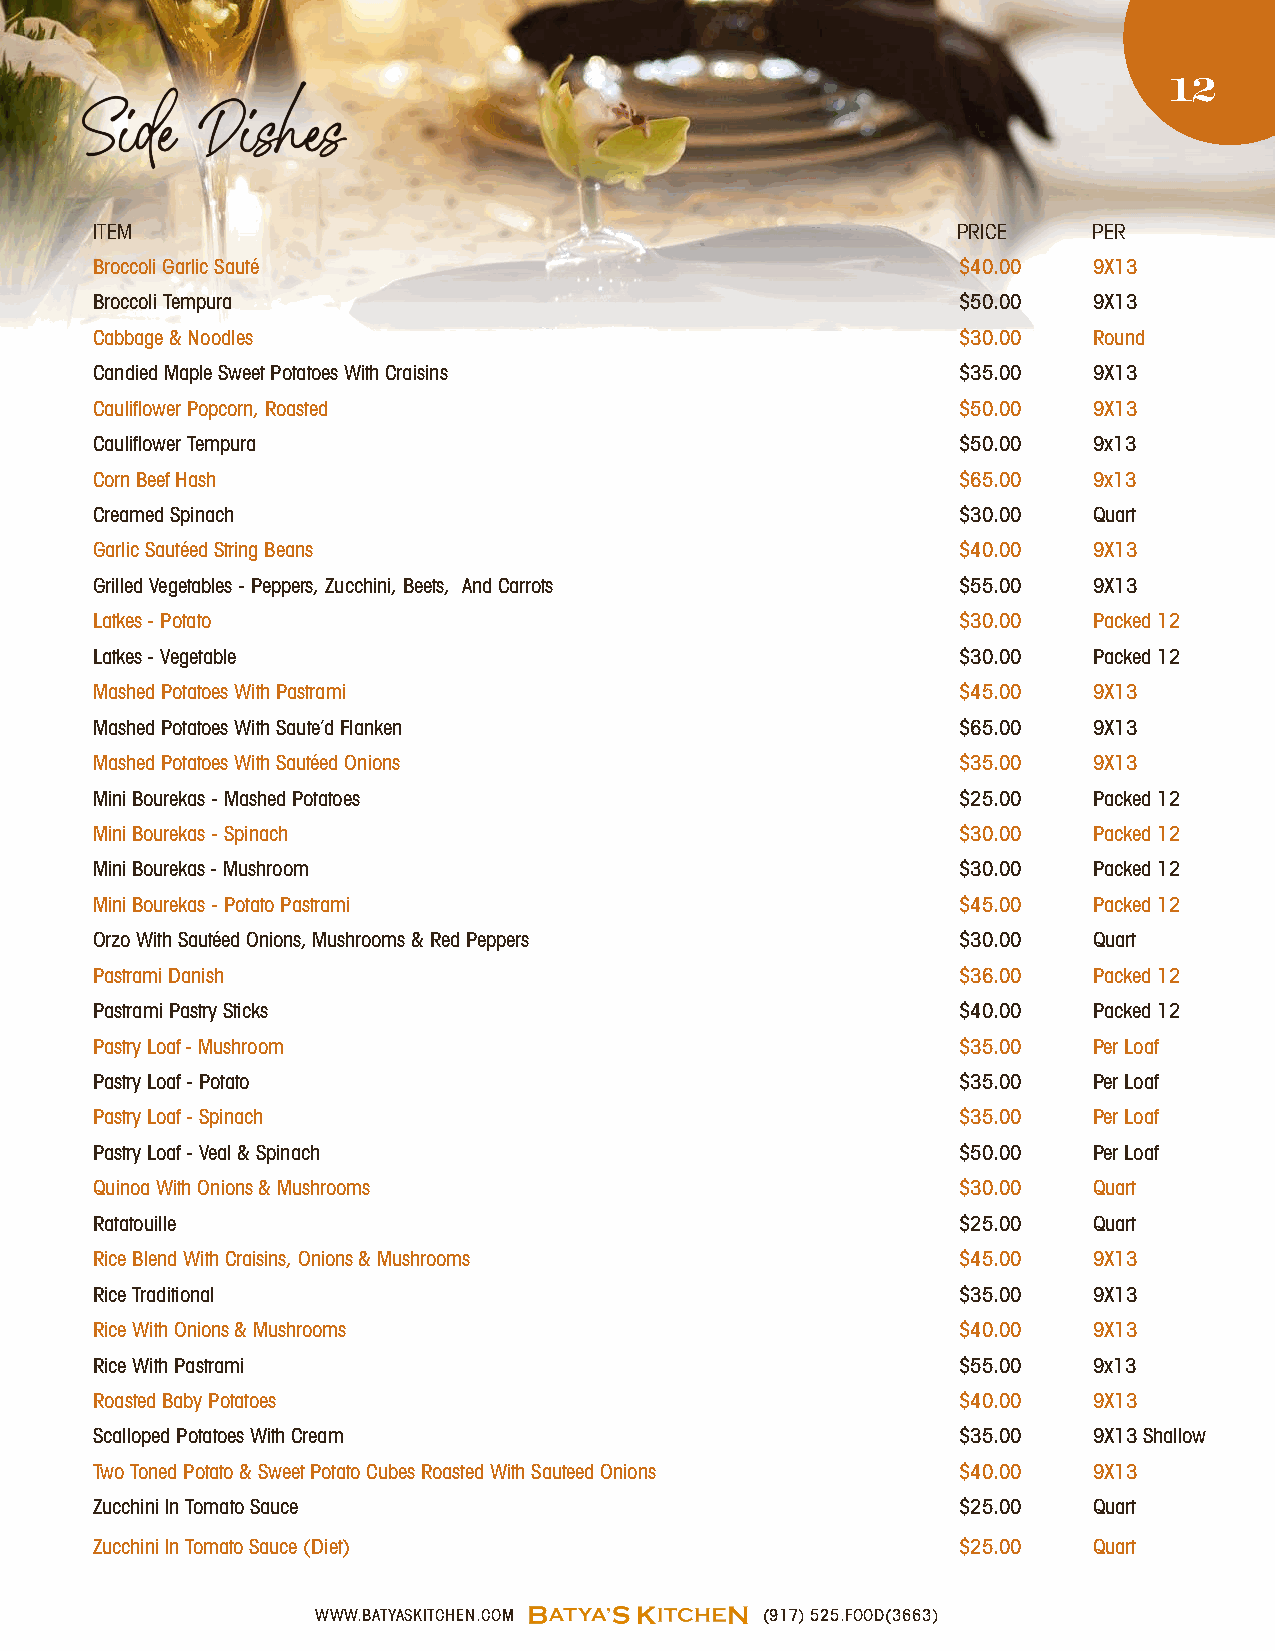
12
 Side    Dishes
 ITEM                                                     PRICE    PER
 Broccoli Garlic Sauté                                    $40.00   9X13
 Broccoli Tempura                                         $50.00   9X13
 Cabbage & Noodles                                        $30.00   Round
 Candied Maple Sweet Potatoes With Craisins               $35.00   9X13
 Cauliflower Popcorn, Roasted                             $50.00   9X13
 Cauliflower Tempura                                      $50.00   9x13
 Corn Beef Hash                                           $65.00   9x13
 Creamed Spinach                                          $30.00   Quart
 Garlic Sautéed String Beans                              $40.00   9X13
 Grilled Vegetables - Peppers, Zucchini, Beets, And Carrots $55.00 9X13
 Latkes - Potato                                          $30.00   Packed 12
 Latkes - Vegetable                                       $30.00   Packed 12
 Mashed Potatoes With Pastrami                            $45.00   9X13
 Mashed Potatoes With Saute’d Flanken                     $65.00   9X13
 Mashed Potatoes With Sautéed Onions                      $35.00   9X13
 Mini Bourekas - Mashed Potatoes                          $25.00   Packed 12
 Mini Bourekas - Spinach                                  $30.00   Packed 12
 Mini Bourekas - Mushroom                                 $30.00   Packed 12
 Mini Bourekas - Potato Pastrami                          $45.00   Packed 12
 Orzo With Sautéed Onions, Mushrooms & Red Peppers        $30.00   Quart
 Pastrami Danish                                          $36.00   Packed 12
 Pastrami Pastry Sticks                                   $40.00   Packed 12
 Pastry Loaf - Mushroom                                   $35.00   Per Loaf
 Pastry Loaf - Potato                                     $35.00   Per Loaf
 Pastry Loaf - Spinach                                    $35.00   Per Loaf
 Pastry Loaf - Veal & Spinach                             $50.00   Per Loaf
 Quinoa With Onions & Mushrooms                           $30.00   Quart
 Ratatouille                                              $25.00   Quart
 Rice Blend With Craisins, Onions & Mushrooms             $45.00   9X13
 Rice Traditional                                         $35.00   9X13
 Rice With Onions & Mushrooms                             $40.00   9X13
 Rice With Pastrami                                       $55.00   9x13
 Roasted Baby Potatoes                                    $40.00   9X13
 Scalloped Potatoes With Cream                            $35.00   9X13 Shallow
 Two Toned Potato & Sweet Potato Cubes Roasted With Sauteed Onions $40.00 9X13
 Zucchini In Tomato Sauce                                 $25.00   Quart
 Zucchini In Tomato Sauce (Diet)                          $25.00   Quart
 WWW.BATYASKITCHEN.COM         (917) 525.FOOD(3663)